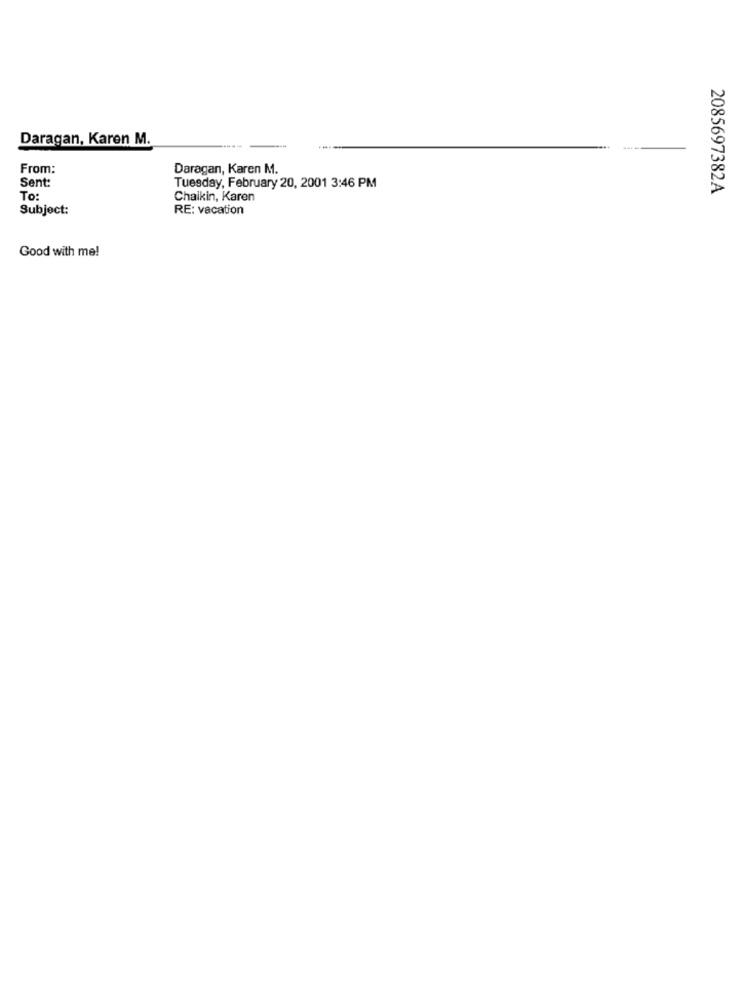
Daragan, Karen M.
From:
Daragan, Karen M.
Sent:
Tuesday, February 20, 2001 3:46 PM
2085697382A
To:
Chaikin, Karen
Subject:
RE: vacation
Good with me!